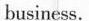
business.